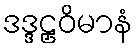
ဒဒ္ဒဠှဝိမာနံ